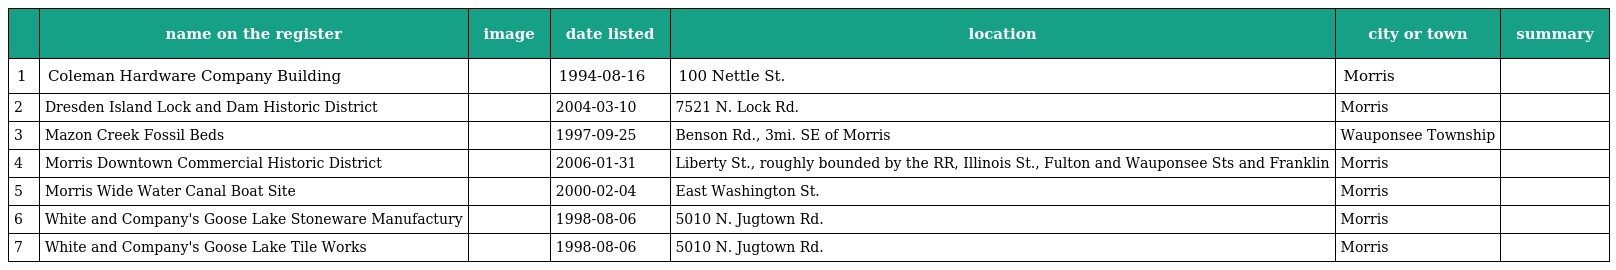
|  | name on the register | image | date listed | location | city or town | summary |
 | --- | --- | --- | --- | --- | --- | --- |
 | 1 | Coleman Hardware Company Building |  | 1994-08-16 | 100 Nettle St. | Morris |  |
 | 2 | Dresden Island Lock and Dam Historic District |  | 2004-03-10 | 7521 N. Lock Rd. | Morris |  |
 | 3 | Mazon Creek Fossil Beds |  | 1997-09-25 | Benson Rd., 3mi. SE of Morris | Wauponsee Township |  |
 | 4 | Morris Downtown Commercial Historic District |  | 2006-01-31 | Liberty St., roughly bounded by the RR, Illinois St., Fulton and Wauponsee Sts and Franklin | Morris |  |
 | 5 | Morris Wide Water Canal Boat Site |  | 2000-02-04 | East Washington St. | Morris |  |
 | 6 | White and Company's Goose Lake Stoneware Manufactury |  | 1998-08-06 | 5010 N. Jugtown Rd. | Morris |  |
 | 7 | White and Company's Goose Lake Tile Works |  | 1998-08-06 | 5010 N. Jugtown Rd. | Morris |  |